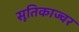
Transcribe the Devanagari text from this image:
सूतिकाज्वर